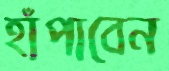
হাঁপাবেন